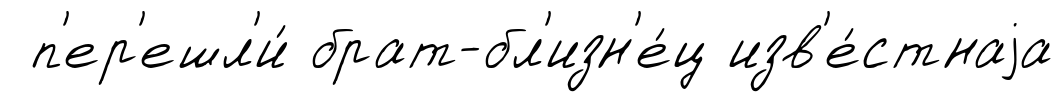
п'ер'ешл'и́ брат-бл'изн'е́ц изв'е́стнаjа